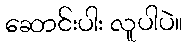
ဆောင်းပါး လူပါပဲ။